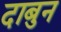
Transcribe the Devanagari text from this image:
दाबुन